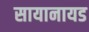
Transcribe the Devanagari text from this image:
सायानायड